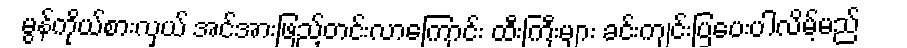
မွန်ကိုယ်စားလှယ် အင်အားဖြည့်တင်းလာကြောင်း ထီးကြီးများ ခင်းကျင်းပြပေးပါလိမ့်မည်